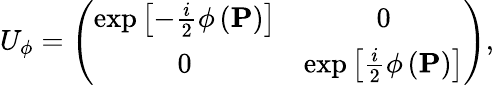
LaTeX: U_{\phi}=\left(\begin{array}{cc}{\exp\left[-\frac{i}{2}\phi\left(\mathbf{P}\right)\right]}&{0}\\ {0}&{\exp\left[\frac{i}{2}\phi\left(\mathbf{P}\right)\right]}\end{array}\right),